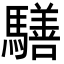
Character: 𩦐